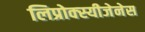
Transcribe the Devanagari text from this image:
लिप्रोक्स्यीजेनेस